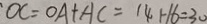
O C = O A + A C = 1 4 1 - 1 6 = 3 0